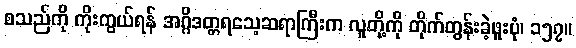
စသည်ကို ကိုးကွယ်ရန် အဂ္ဂိဒတ္တရသေ့ဆရာကြီးက လူတို့ကို တိုက်တွန်းခဲ့ဖူးပုံ၊ ၁၅၇။